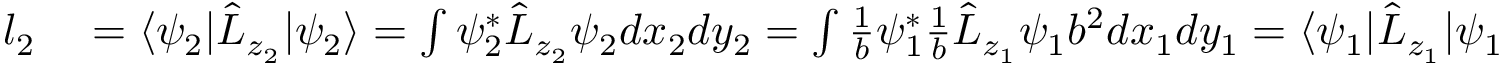
\begin{array} { r l } { l _ { 2 } } & { { } = \langle \psi _ { 2 } | \hat { L } _ { z _ { 2 } } | \psi _ { 2 } \rangle = \int { \psi _ { 2 } ^ { * } \hat { L } _ { z _ { 2 } } \psi _ { 2 } d x _ { 2 } d y _ { 2 } } = \int { \frac { 1 } { b } \psi _ { 1 } ^ { * } \frac { 1 } { b } \hat { L } _ { z _ { 1 } } \psi _ { 1 } b ^ { 2 } d x _ { 1 } d y _ { 1 } } = \langle \psi _ { 1 } | \hat { L } _ { z _ { 1 } } | \psi _ { 1 } \rangle = l _ { 1 } . } \end{array}